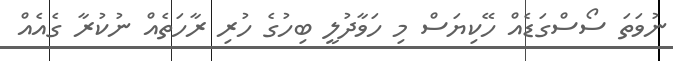
ނުވަތަ ސޯސްގަޑެއް ހޭކިޔަސް މި ހަވާދުލީ ބިހުގެ ހުރި ރާހަތެއް ނުކުރާ ގެއެއް